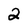
Character: 2